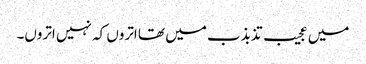
میں عجیب تذبذب میں تھا اتروں کہ نہیں اتروں۔